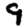
Digit: 9